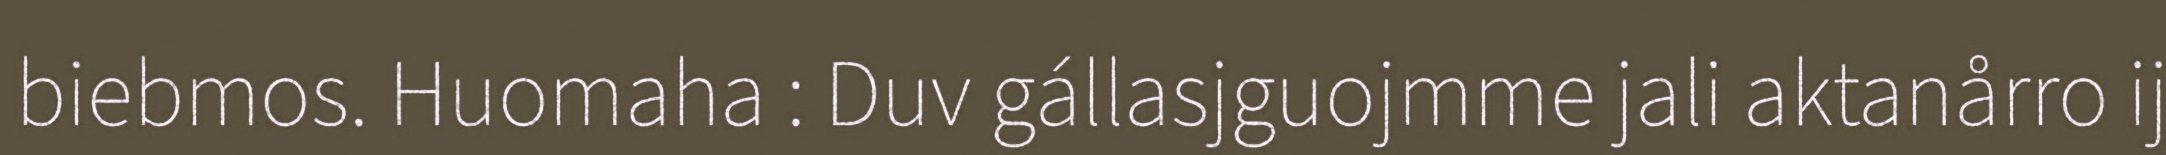
biebmos. Huomaha : Duv gállasjguojmme jali aktanårro ij